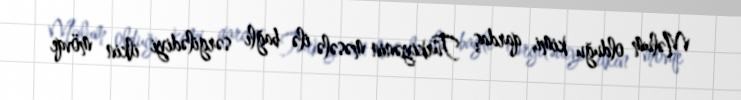
Məlum olduğu kimi, qardaş Türkiyənin məsələ ilə bağlı sərgilədiyi ilkin mövqe